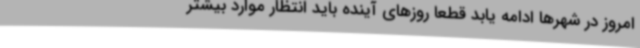
امروز در شهرها ادامه یابد قطعا روزهای آینده باید انتظار موارد بیشتر